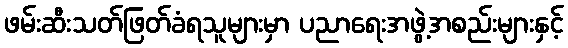
ဖမ်းဆီးသတ်ဖြတ်ခံရသူများမှာ ပညာရေးအဖွဲ့အစည်းများနှင့်